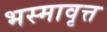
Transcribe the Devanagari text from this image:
भस्मावृत्त